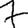
Digit: 7